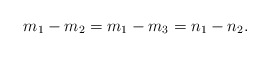
\begin{align*}m_1-m_2=m_1-m_3=n_1-n_2.\end{align*}